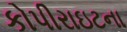
કોપીરાઇટના